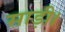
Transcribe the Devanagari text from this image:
साड़ी।